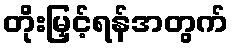
တိုးမြှင့်ရန်အတွက်